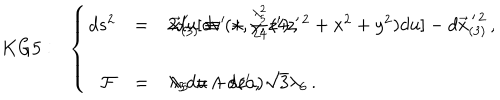
LaTeX: K G 5 : \, \, \, \, \left\{ \begin{array} { r c l } { { d s ^ { 2 } } } & { { = } } & { { 2 d u [ d v ^ { \prime } + \frac { \lambda _ { 5 } ^ { 2 } } { 2 4 } ( 4 z ^ { \prime \, 2 } + x ^ { 2 } + y ^ { 2 } ) d u ] - d \vec { x } _ { ( 3 ) } ^ { \, \prime \, 2 } \, , \hspace { 1 c m } \vec { x } _ { ( 3 ) } ^ { \, \prime } \equiv ( x , y , z ^ { \prime } ) \, , } } \\ { { } } & { { } } & { { } } \\ { { \mathcal { F } } } & { { = } } & { { \lambda _ { 5 } d u \land d z ^ { \prime } \, , \hspace { 1 c m } \lambda _ { 5 } = - s ( \alpha ) \sqrt { 3 } \lambda _ { 6 } \, . } } \\ \end{array} \right.